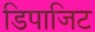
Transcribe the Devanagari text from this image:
डिपाजिट